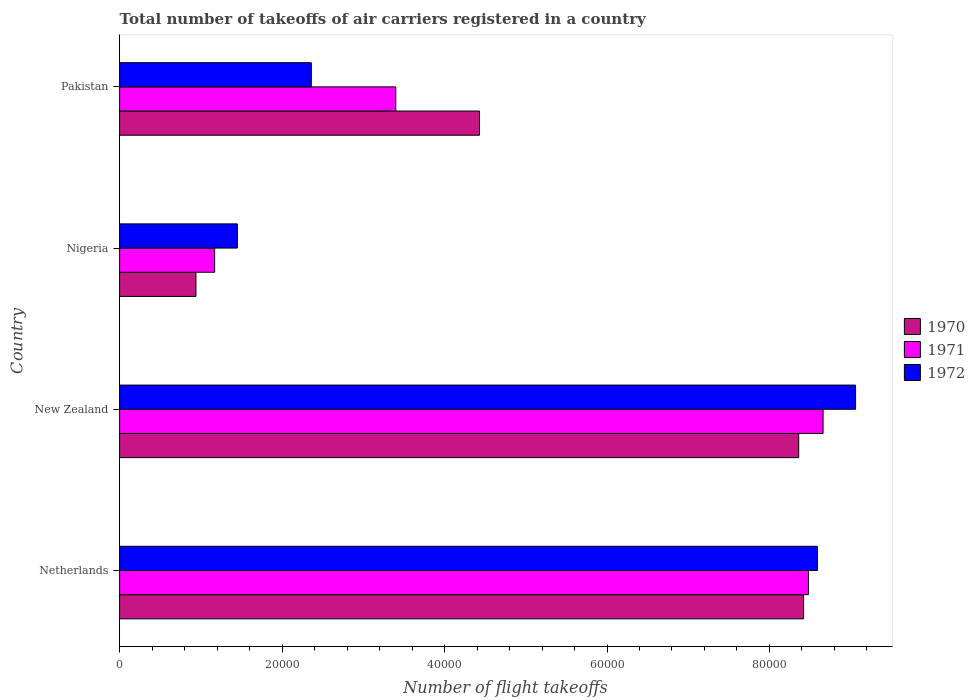
| Country | 1970 | 1971 | 1972 |
 | --- | --- | --- | --- |
 | Netherlands | 8.42e+04 | 8.48e+04 | 8.59e+04 |
 | New Zealand | 8.36e+04 | 8.66e+04 | 9.06e+04 |
 | Nigeria | 9.4e+03 | 1.17e+04 | 1.45e+04 |
 | Pakistan | 4.43e+04 | 3.4e+04 | 2.36e+04 |